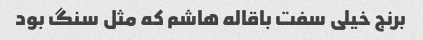
برنج خیلی سفت باقاله هاشم که مثل سنگ بود